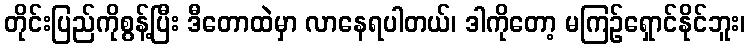
တိုင်းပြည်ကိုစွန့်ပြီး ဒီတောထဲမှာ လာနေရပါတယ်၊ ဒါကိုတော့ မကြဉ်ရှောင်နိုင်ဘူး၊